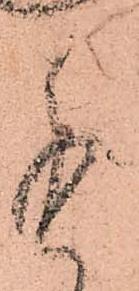
進